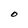
Character: O